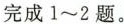
完成1~2题。